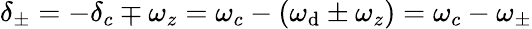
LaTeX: \delta_{\pm}=-\delta_{c}\mp\omega_{z}=\omega_{c}-(\omega_{\mathrm{d}}\pm\omega_{z})=\omega_{c}-\omega_{\pm}